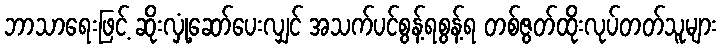
ဘာသာရေးဖြင့် ဆိုးလှုံ့ဆော်ပေးလျှင် အသက်ပင်စွန့်ရစွန့်ရ တစ်ဇွတ်ထိုးလုပ်တတ်သူများ